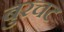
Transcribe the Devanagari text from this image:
बुरचट